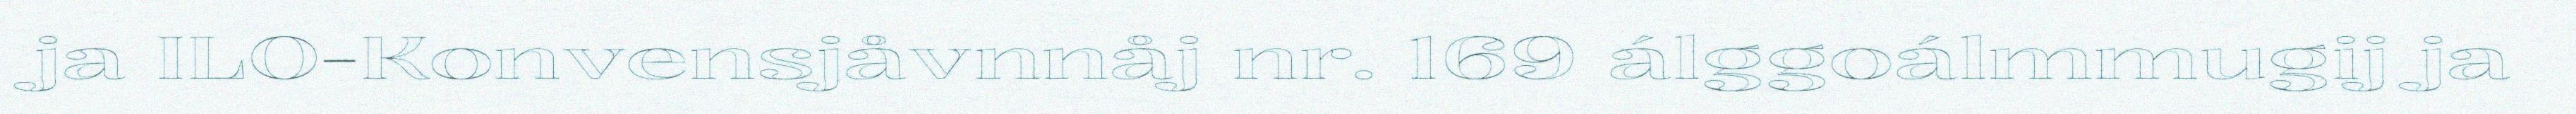
ja ILO-Konvensjåvnnåj nr. 169 álggoálmmugij ja